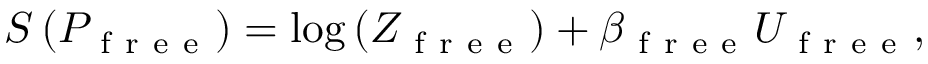
\begin{array} { r } { S \left( P _ { \mathrm { ~ f ~ r ~ e ~ e ~ } } \right) = \log \left( Z _ { \mathrm { ~ f ~ r ~ e ~ e ~ } } \right) + \beta _ { \mathrm { ~ f ~ r ~ e ~ e ~ } } U _ { \mathrm { ~ f ~ r ~ e ~ e ~ } } , } \end{array}